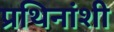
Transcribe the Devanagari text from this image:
प्रथिनांशी